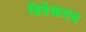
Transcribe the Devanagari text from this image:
विवेकमय